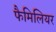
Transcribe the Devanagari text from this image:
फैमिलियर